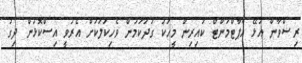
ރިޟްވާން އުޅޭ އެޕާޓްމަންޓް ކައިރިން މީހަކު ގަދަކަމުން ވެހިކަލަކަށް އެރުވީ އިސްކޮޅުން ދިގު